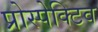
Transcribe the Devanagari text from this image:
प्रोस्पेक्टिव